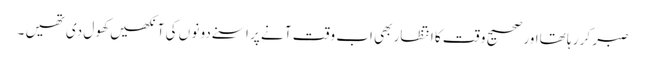
صبر کر ر ہا تھااور صحیح و قت کا انتظار بھی اب وقت آ نے پر اسنے دو نو ں کی آ نکھیں کھو ل دی تھیں ۔